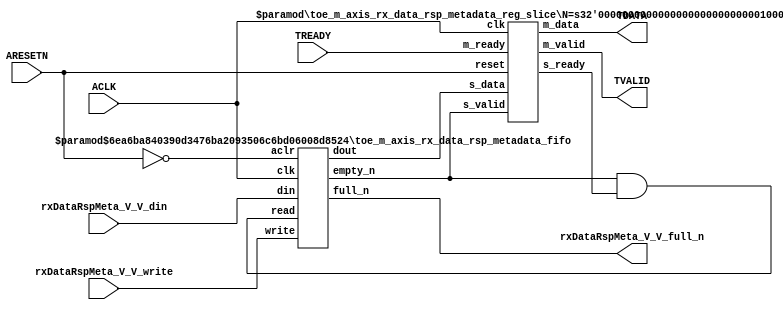
// This program was cloned from: https://github.com/mustafabbas/ECE1373_2016_hft_on_fpga
// License: MIT License

// ==============================================================
// File generated by Vivado(TM) HLS - High-Level Synthesis from C, C++ and SystemC
// Version: 2015.1
// Copyright (C) 2015 Xilinx Inc. All rights reserved.
// 
// ==============================================================


`timescale 1ns/1ps

module toe_m_axis_rx_data_rsp_metadata_if (
    // AXI4-Stream singals
    input  wire        ACLK,
    input  wire        ARESETN,
    output wire        TVALID,
    input  wire        TREADY,
    output wire [15:0] TDATA,
    // User signals
    input  wire [15:0] rxDataRspMeta_V_V_din,
    output wire        rxDataRspMeta_V_V_full_n,
    input  wire        rxDataRspMeta_V_V_write
);
//------------------------Local signal-------------------
// FIFO
wire [0:0]  fifo_read;
wire [0:0]  fifo_empty_n;
wire [15:0] rxDataRspMeta_V_V_dout;
wire [0:0]  rxDataRspMeta_V_V_empty_n;
// register slice
wire [0:0]  s_valid;
wire [0:0]  s_ready;
wire [15:0] s_data;
wire [0:0]  m_valid;
wire [0:0]  m_ready;
wire [15:0] m_data;

//------------------------Instantiation------------------
// rs
toe_m_axis_rx_data_rsp_metadata_reg_slice #(
    .N       ( 16 )
) rs (
    .clk     ( ACLK ),
    .reset   ( ARESETN ),
    .s_data  ( s_data ),
    .s_valid ( s_valid ),
    .s_ready ( s_ready ),
    .m_data  ( m_data ),
    .m_valid ( m_valid ),
    .m_ready ( m_ready )
);

// rxDataRspMeta_V_V_fifo
toe_m_axis_rx_data_rsp_metadata_fifo #(
    .DATA_BITS  ( 16 ),
    .DEPTH_BITS ( 4 )
) rxDataRspMeta_V_V_fifo (
    .clk        ( ACLK ),
    .aclr       ( ~ARESETN ),
    .empty_n    ( rxDataRspMeta_V_V_empty_n ),
    .full_n     ( rxDataRspMeta_V_V_full_n ),
    .read       ( fifo_read ),
    .write      ( rxDataRspMeta_V_V_write ),
    .dout       ( rxDataRspMeta_V_V_dout ),
    .din        ( rxDataRspMeta_V_V_din )
);

//------------------------Body---------------------------
//++++++++++++++++++++++++AXI4-Stream++++++++++++++++++++
assign TVALID = m_valid;
assign TDATA  = m_data[15:0];

//+++++++++++++++++++++++++++++++++++++++++++++++++++++++

//++++++++++++++++++++++++Reigister Slice++++++++++++++++
assign s_valid = fifo_empty_n;
assign m_ready = TREADY;
assign s_data  = {rxDataRspMeta_V_V_dout};

//+++++++++++++++++++++++++++++++++++++++++++++++++++++++

//++++++++++++++++++++++++FIFO+++++++++++++++++++++++++++
assign fifo_read    = fifo_empty_n & s_ready;
assign fifo_empty_n = rxDataRspMeta_V_V_empty_n;

//+++++++++++++++++++++++++++++++++++++++++++++++++++++++

endmodule



`timescale 1ns/1ps

module toe_m_axis_rx_data_rsp_metadata_fifo
#(parameter
    DATA_BITS  = 8,
    DEPTH_BITS = 4
)(
    input  wire                 clk,
    input  wire                 aclr,
    output wire                 empty_n,
    output wire                 full_n,
    input  wire                 read,
    input  wire                 write,
    output wire [DATA_BITS-1:0] dout,
    input  wire [DATA_BITS-1:0] din
);
//------------------------Parameter----------------------
localparam
    DEPTH = 1 << DEPTH_BITS;
//------------------------Local signal-------------------
reg                   empty;
reg                   full;
reg  [DEPTH_BITS-1:0] index;
reg  [DATA_BITS-1:0]  mem[0:DEPTH-1];
//------------------------Body---------------------------
assign empty_n = ~empty;
assign full_n  = ~full;
assign dout    = mem[index];

// empty
always @(posedge clk or posedge aclr) begin
    if (aclr)
        empty <= 1'b1;
    else if (empty & write & ~read)
        empty <= 1'b0;
    else if (~empty & ~write & read & (index==1'b0))
        empty <= 1'b1;
end

// full
always @(posedge clk or posedge aclr) begin
    if (aclr)
        full <= 1'b0;
    else if (full & read & ~write)
        full <= 1'b0;
    else if (~full & ~read & write & (index==DEPTH-2'd2))
        full <= 1'b1;
end

// index
always @(posedge clk or posedge aclr) begin
    if (aclr)
        index <= {DEPTH_BITS{1'b1}};
    else if (~empty & ~write & read)
        index <= index - 1'b1;
    else if (~full & ~read & write)
        index <= index + 1'b1;
end

// mem
always @(posedge clk) begin
    if (~full & write) mem[0] <= din;
end

genvar i;
generate
    for (i = 1; i < DEPTH; i = i + 1) begin : gen_sr
        always @(posedge clk) begin
            if (~full & write) mem[i] <= mem[i-1];
        end
    end
endgenerate

endmodule

`timescale 1ns/1ps

module toe_m_axis_rx_data_rsp_metadata_reg_slice
#(parameter
    N = 8   // data width
) (
    // system signals
    input  wire         clk,
    input  wire         reset,
    // slave side
    input  wire [N-1:0] s_data,
    input  wire         s_valid,
    output wire         s_ready,
    // master side
    output wire [N-1:0] m_data,
    output wire         m_valid,
    input  wire         m_ready
);
//------------------------Parameter----------------------
// state
localparam [1:0]
    ZERO = 2'b10,
    ONE  = 2'b11,
    TWO  = 2'b01;
//------------------------Local signal-------------------
reg  [N-1:0] data_p1;
reg  [N-1:0] data_p2;
wire         load_p1;
wire         load_p2;
wire         load_p1_from_p2;
reg          s_ready_t;
reg  [1:0]   state;
reg  [1:0]   next;
//------------------------Body---------------------------
assign s_ready = s_ready_t;
assign m_data  = data_p1;
assign m_valid = state[0];

assign load_p1 = (state == ZERO && s_valid) ||
                 (state == ONE && s_valid && m_ready) ||
                 (state == TWO && m_ready);
assign load_p2 = s_valid & s_ready;
assign load_p1_from_p2 = (state == TWO);

// data_p1
always @(posedge clk) begin
    if (load_p1) begin
        if (load_p1_from_p2)
            data_p1 <= data_p2;
        else
            data_p1 <= s_data;
    end
end

// data_p2
always @(posedge clk) begin
    if (load_p2) data_p2 <= s_data;
end

// s_ready_t
always @(posedge clk) begin
    if (~reset)
        s_ready_t <= 1'b0;
    else if (state == ZERO)
        s_ready_t <= 1'b1;
    else if (state == ONE && next == TWO)
        s_ready_t <= 1'b0;
    else if (state == TWO && next == ONE)
        s_ready_t <= 1'b1;
end

// state
always @(posedge clk) begin
    if (~reset)
        state <= ZERO;
    else
        state <= next;
end

// next
always @(*) begin
    case (state)
        ZERO:
            if (s_valid & s_ready)
                next = ONE;
            else
                next = ZERO;
        ONE:
            if (~s_valid & m_ready)
                next = ZERO;
            else if (s_valid & ~m_ready)
                next = TWO;
            else
                next = ONE;
        TWO:
            if (m_ready)
                next = ONE;
            else
                next = TWO;
        default:
            next = ZERO;
    endcase
end

endmodule